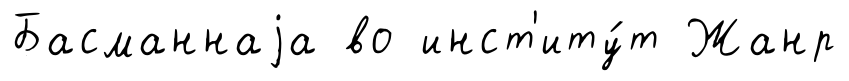
Басманнаjа во инст'иту́т Жанр